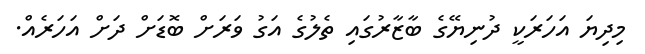
މިދިޔަ އަހަރަކީ ދުނިޔޭގެ ބާޒާރުގައި ތެލުގެ އަގު ވަރަށް ބޮޑަށް ދަށް އަހަރެއް.